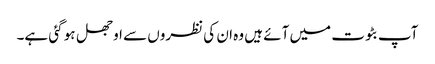
آپ بٹوت میں آئے ہیں وہ ان کی نظروں سے اوجھل ہو گئی ہے۔